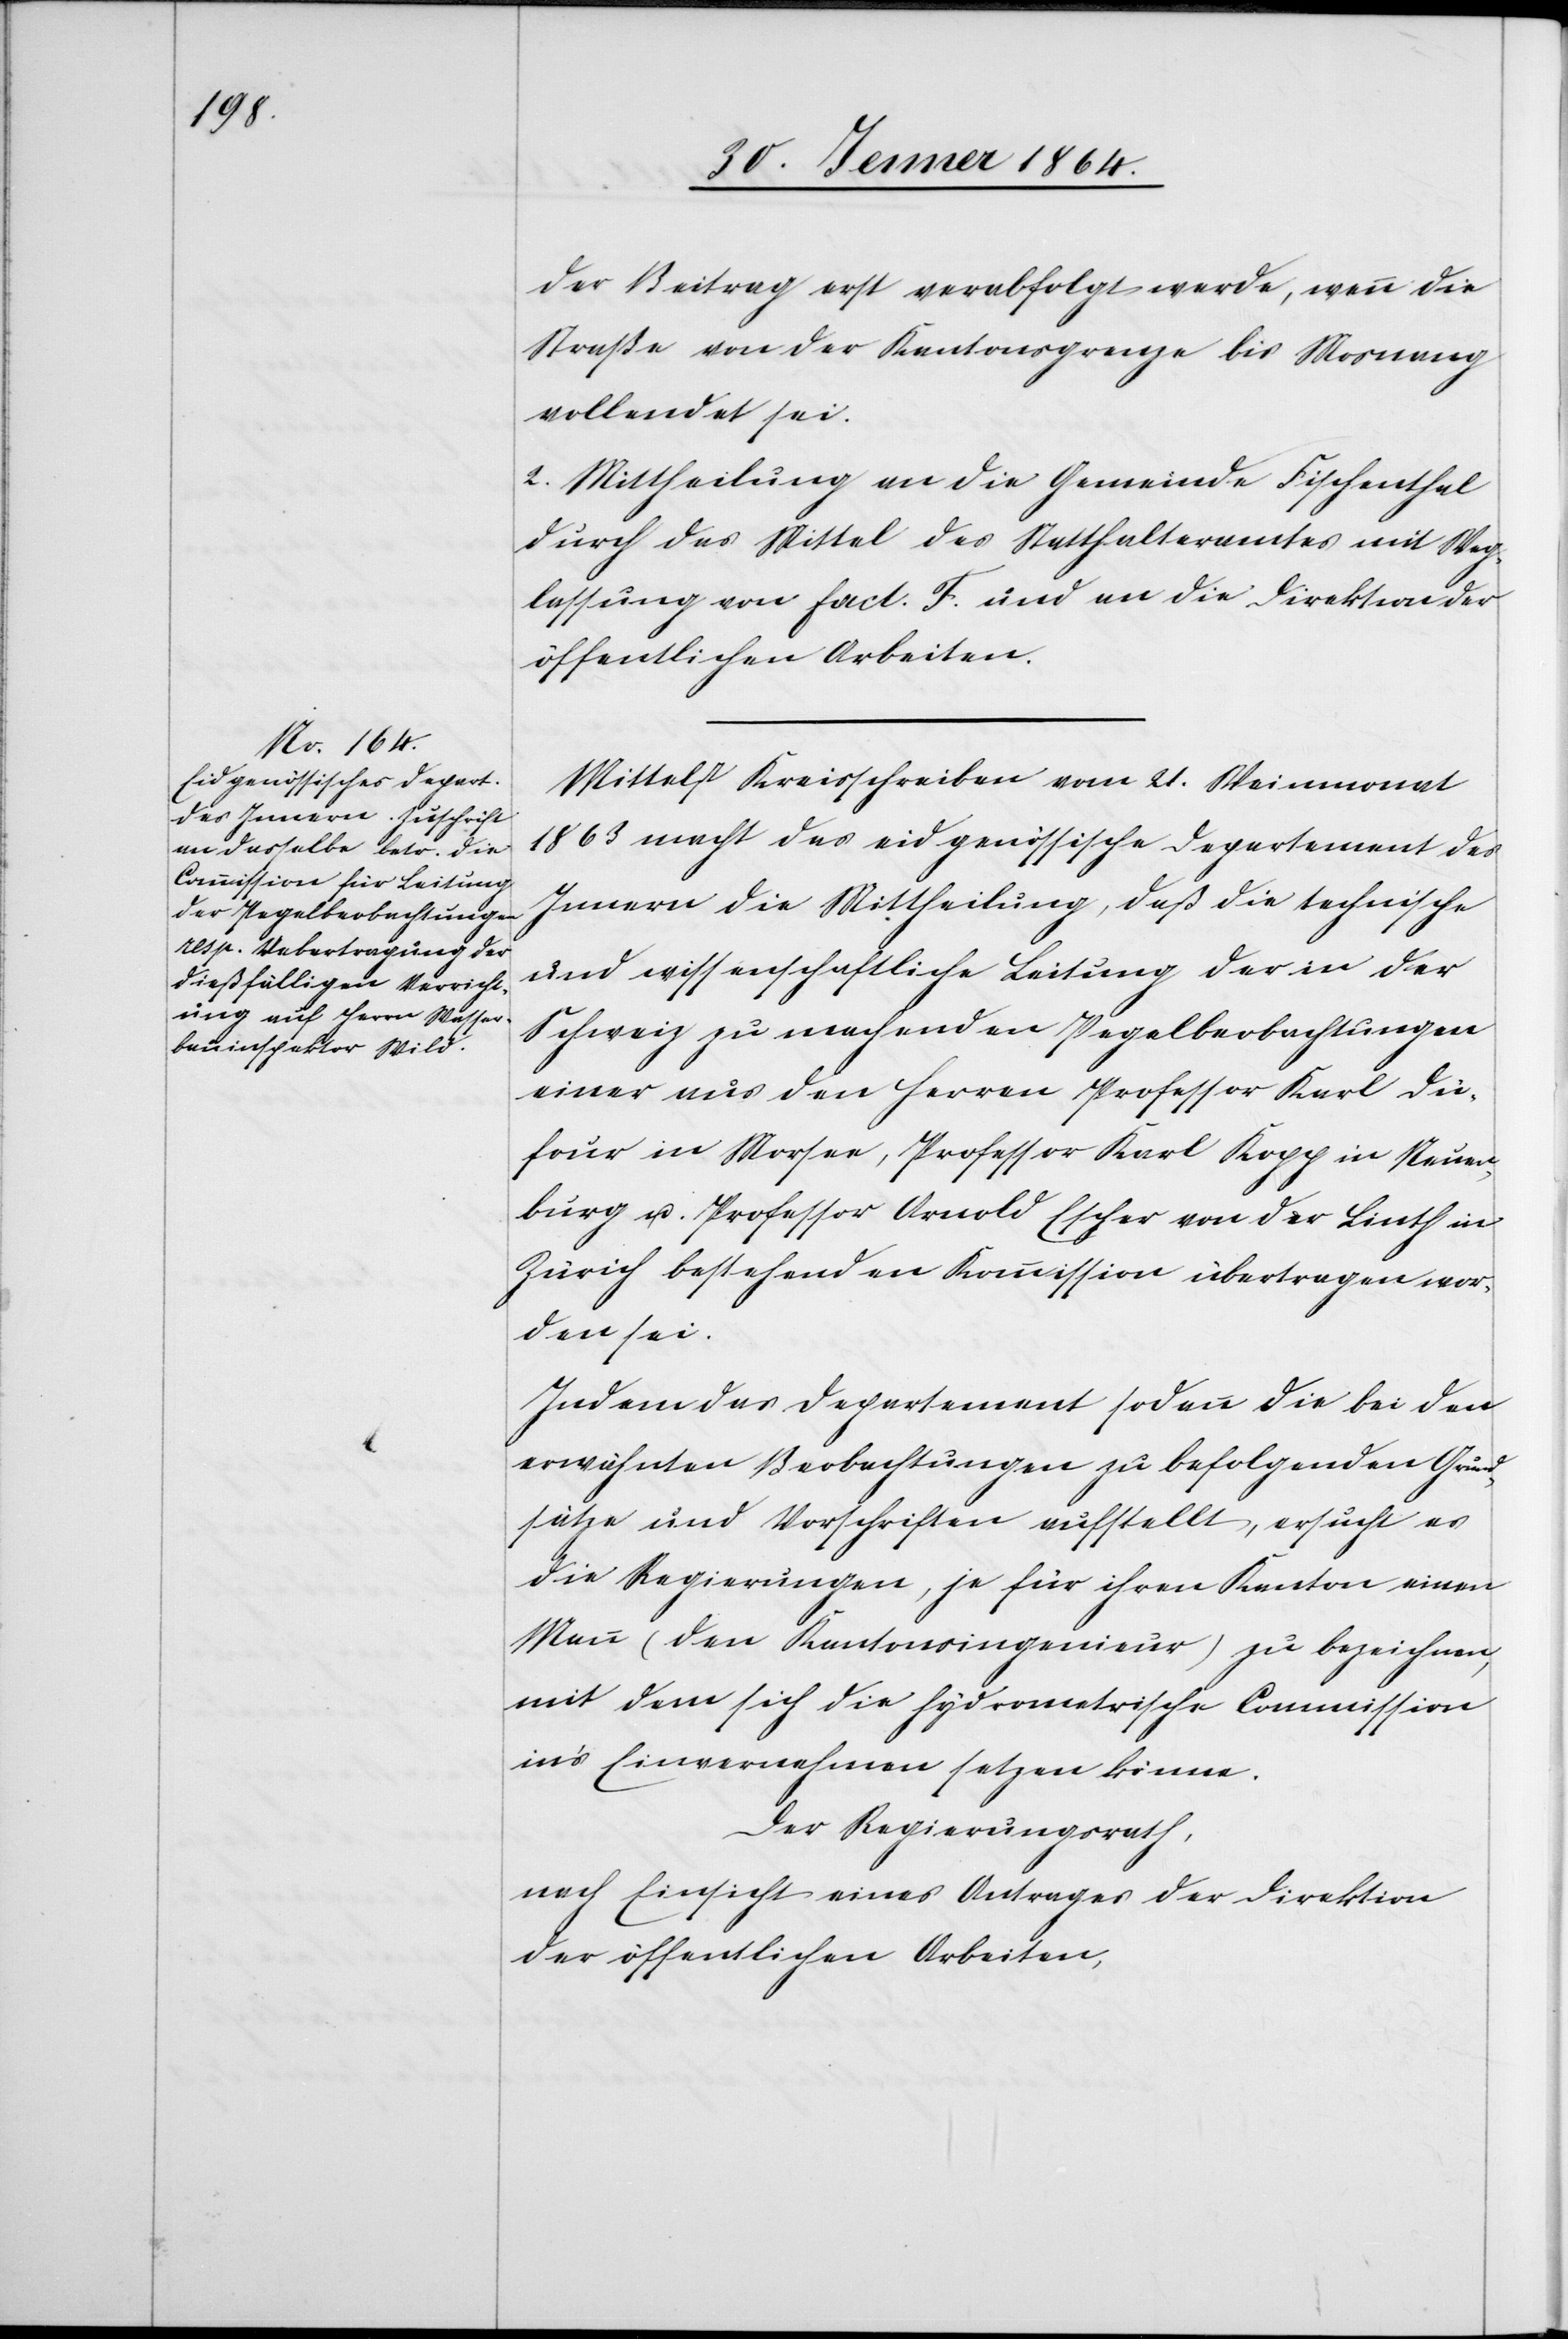
der Beitrag erst verabfolgt werde, wenn die
Straße von der Kantonsgrenze bis Mosnang
vollendet sei.
2. Mittheilung an die Gemeinde Fischenthal
durch das Mittel des Statthalteramtes mit Weg¬
lassung von fact. F. und an die Direktion der
öffentlichen Arbeiten.
Mittelst Kreisschreiben vom 21. Weinmonat
1863 macht das eidgenössische Departement des
Innern die Mittheilung, daß die technische
und wissenschaftliche Leitung der in der
Schweiz zu machenden Pegelbeobachtungen
einer aus den Herren Professor Karl Du¬
four in Morsee, Professor Karl Kopp in Neuen¬
burg u. Professor Arnold Escher von der Linth in
Zürich bestehenden Kommission übertragen wor¬
den sei.
Indem das Departement sodann die bei den
erwähnten Beobachtungen zu befolgenden Grund¬
sätze und Vorschriften aufstellt, ersucht es
die Regierungen, je für ihren Kanton einen
Mann (den Kreisingenieur) zu bezeichnen,
mit dem sich die hydrometrische Commission
in’s Einvernehmen setzen könne.
Der Regierungsrath,
nach Einsicht eines Antrages der Direktion
der öffentlichen Arbeiten,